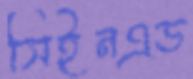
সিইনএড